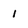
Character: 1